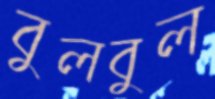
বুলবুল